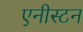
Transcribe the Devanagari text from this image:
एनीस्टन